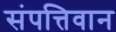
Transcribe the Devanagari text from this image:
संपत्तिवान